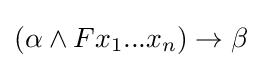
(\alpha \land Fx_{1}...x_{n})\rightarrow \beta